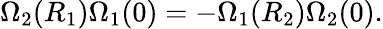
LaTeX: \Omega_{2}(R_{1})\Omega_{1}(0)=-\Omega_{1}(R_{2})\Omega_{2}(0).